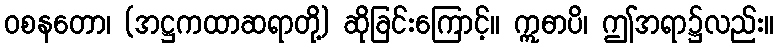
ဝစနတော၊ (အဋ္ဌကထာဆရာတို့) ဆိုခြင်းကြောင့်။ ဣဓာပိ၊ ဤအရာ၌လည်း။